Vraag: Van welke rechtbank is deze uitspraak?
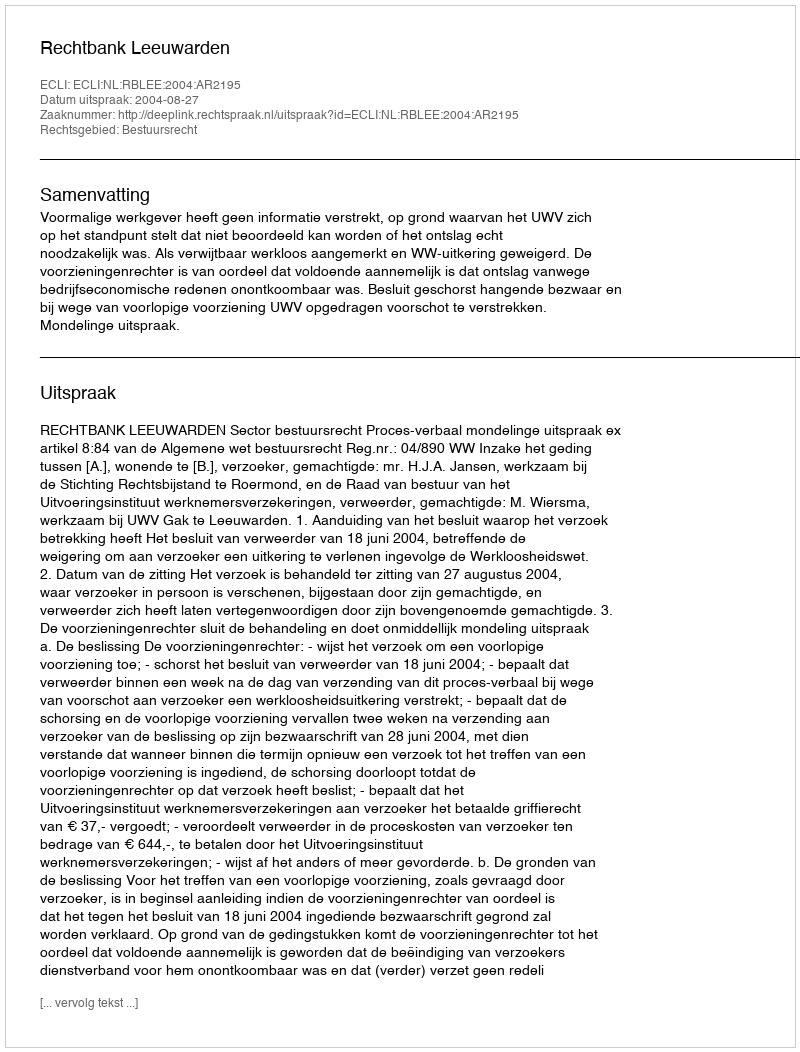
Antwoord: Rechtbank Leeuwarden